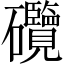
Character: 𥗽